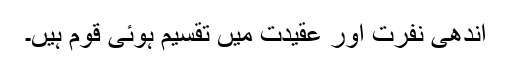
اندھی نفرت اور عقیدت میں تقسیم ہوئی قوم ہیں۔